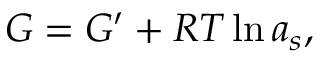
G = G ^ { \prime } + { \cal R } T \ln { a _ { s } } ,